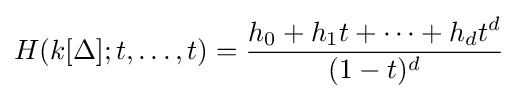
H(k[\Delta ];t,\ldots ,t)={\frac {h_{0}+h_{1}t+\cdots +h_{d}t^{d}}{(1-t)^{d}}}